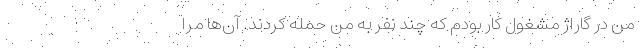
من در گاراژ مشغول کار بودم که چند نفر به من حمله کردند. آن‌ها مرا